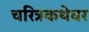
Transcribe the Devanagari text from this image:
चरित्रकथेवर